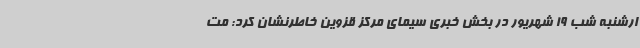
ارشنبه شب 19 شهریور در بخش خبری سیمای مرکز قزوین خاطرنشان کرد: مت